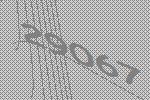
29067